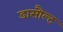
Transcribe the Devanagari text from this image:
डासौल्ट